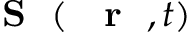
{ \mathrm { ~ { ~ \bf ~ S ~ } ~ } } ( \mathrm { ~ { ~ \bf ~ r ~ } ~ } , t )